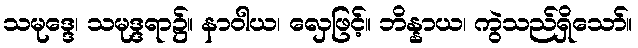
သမုဒ္ဒေ၊ သမုဒ္ဒရာ၌။ နာဝါယ၊ လှေဖြင့်။ ဘိန္နာယ၊ ကွဲသည်ရှိသော်။